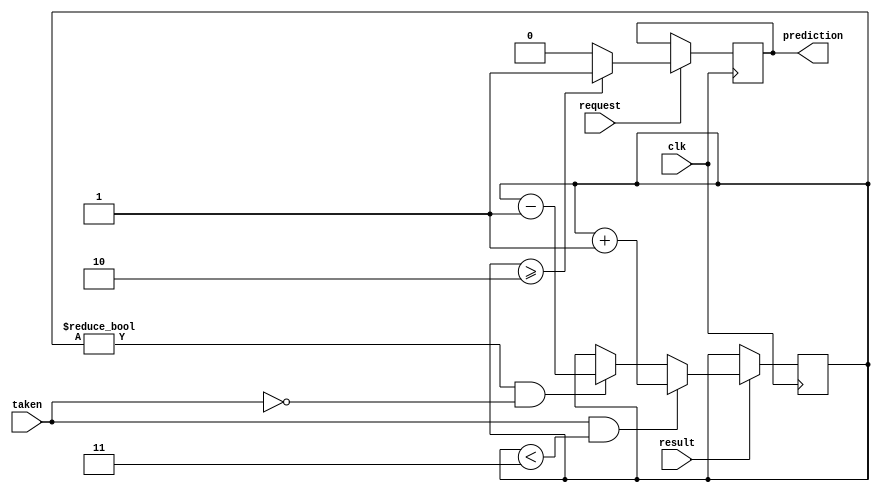
module predictor(input wire request, result, clk, taken, output reg prediction);

  // Initialize saturation counter
  reg [1:0] saturation_counter = 2'B11;
  
  // Output prediction when request is 1
  always @(posedge clk) begin
    if (request == 1) begin
      prediction <= saturation_counter >= 2'd2 ? 1 : 0;
    end
  end
  
  // Update saturation counter when result is 1 and taken is high
  always @(posedge clk) begin
    if (result == 1) 
    begin
      if (taken && saturation_counter < 2'd3) 
        begin
          saturation_counter <= saturation_counter + 1;
        end
    else if (saturation_counter != 2'd0 && !taken)
        begin
            saturation_counter <= saturation_counter - 1;
        end
    end 
  end

endmodule